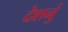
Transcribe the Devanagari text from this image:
देशनुं